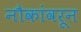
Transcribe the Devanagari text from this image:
नौकांवरून